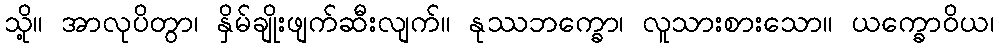
သို့။ အာလုပိတွာ၊ နှိမ်ချိုးဖျက်ဆီးလျက်။ နုဿဘက္ခော၊ လူသားစားသော။ ယက္ခောဝိယ၊